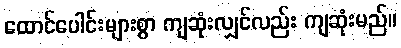
ထောင်ပေါင်းများစွာ ကျဆုံးလျှင်လည်း ကျဆုံးမည်။